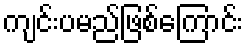
ကျင်းပမည်ဖြစ်ကြောင်း